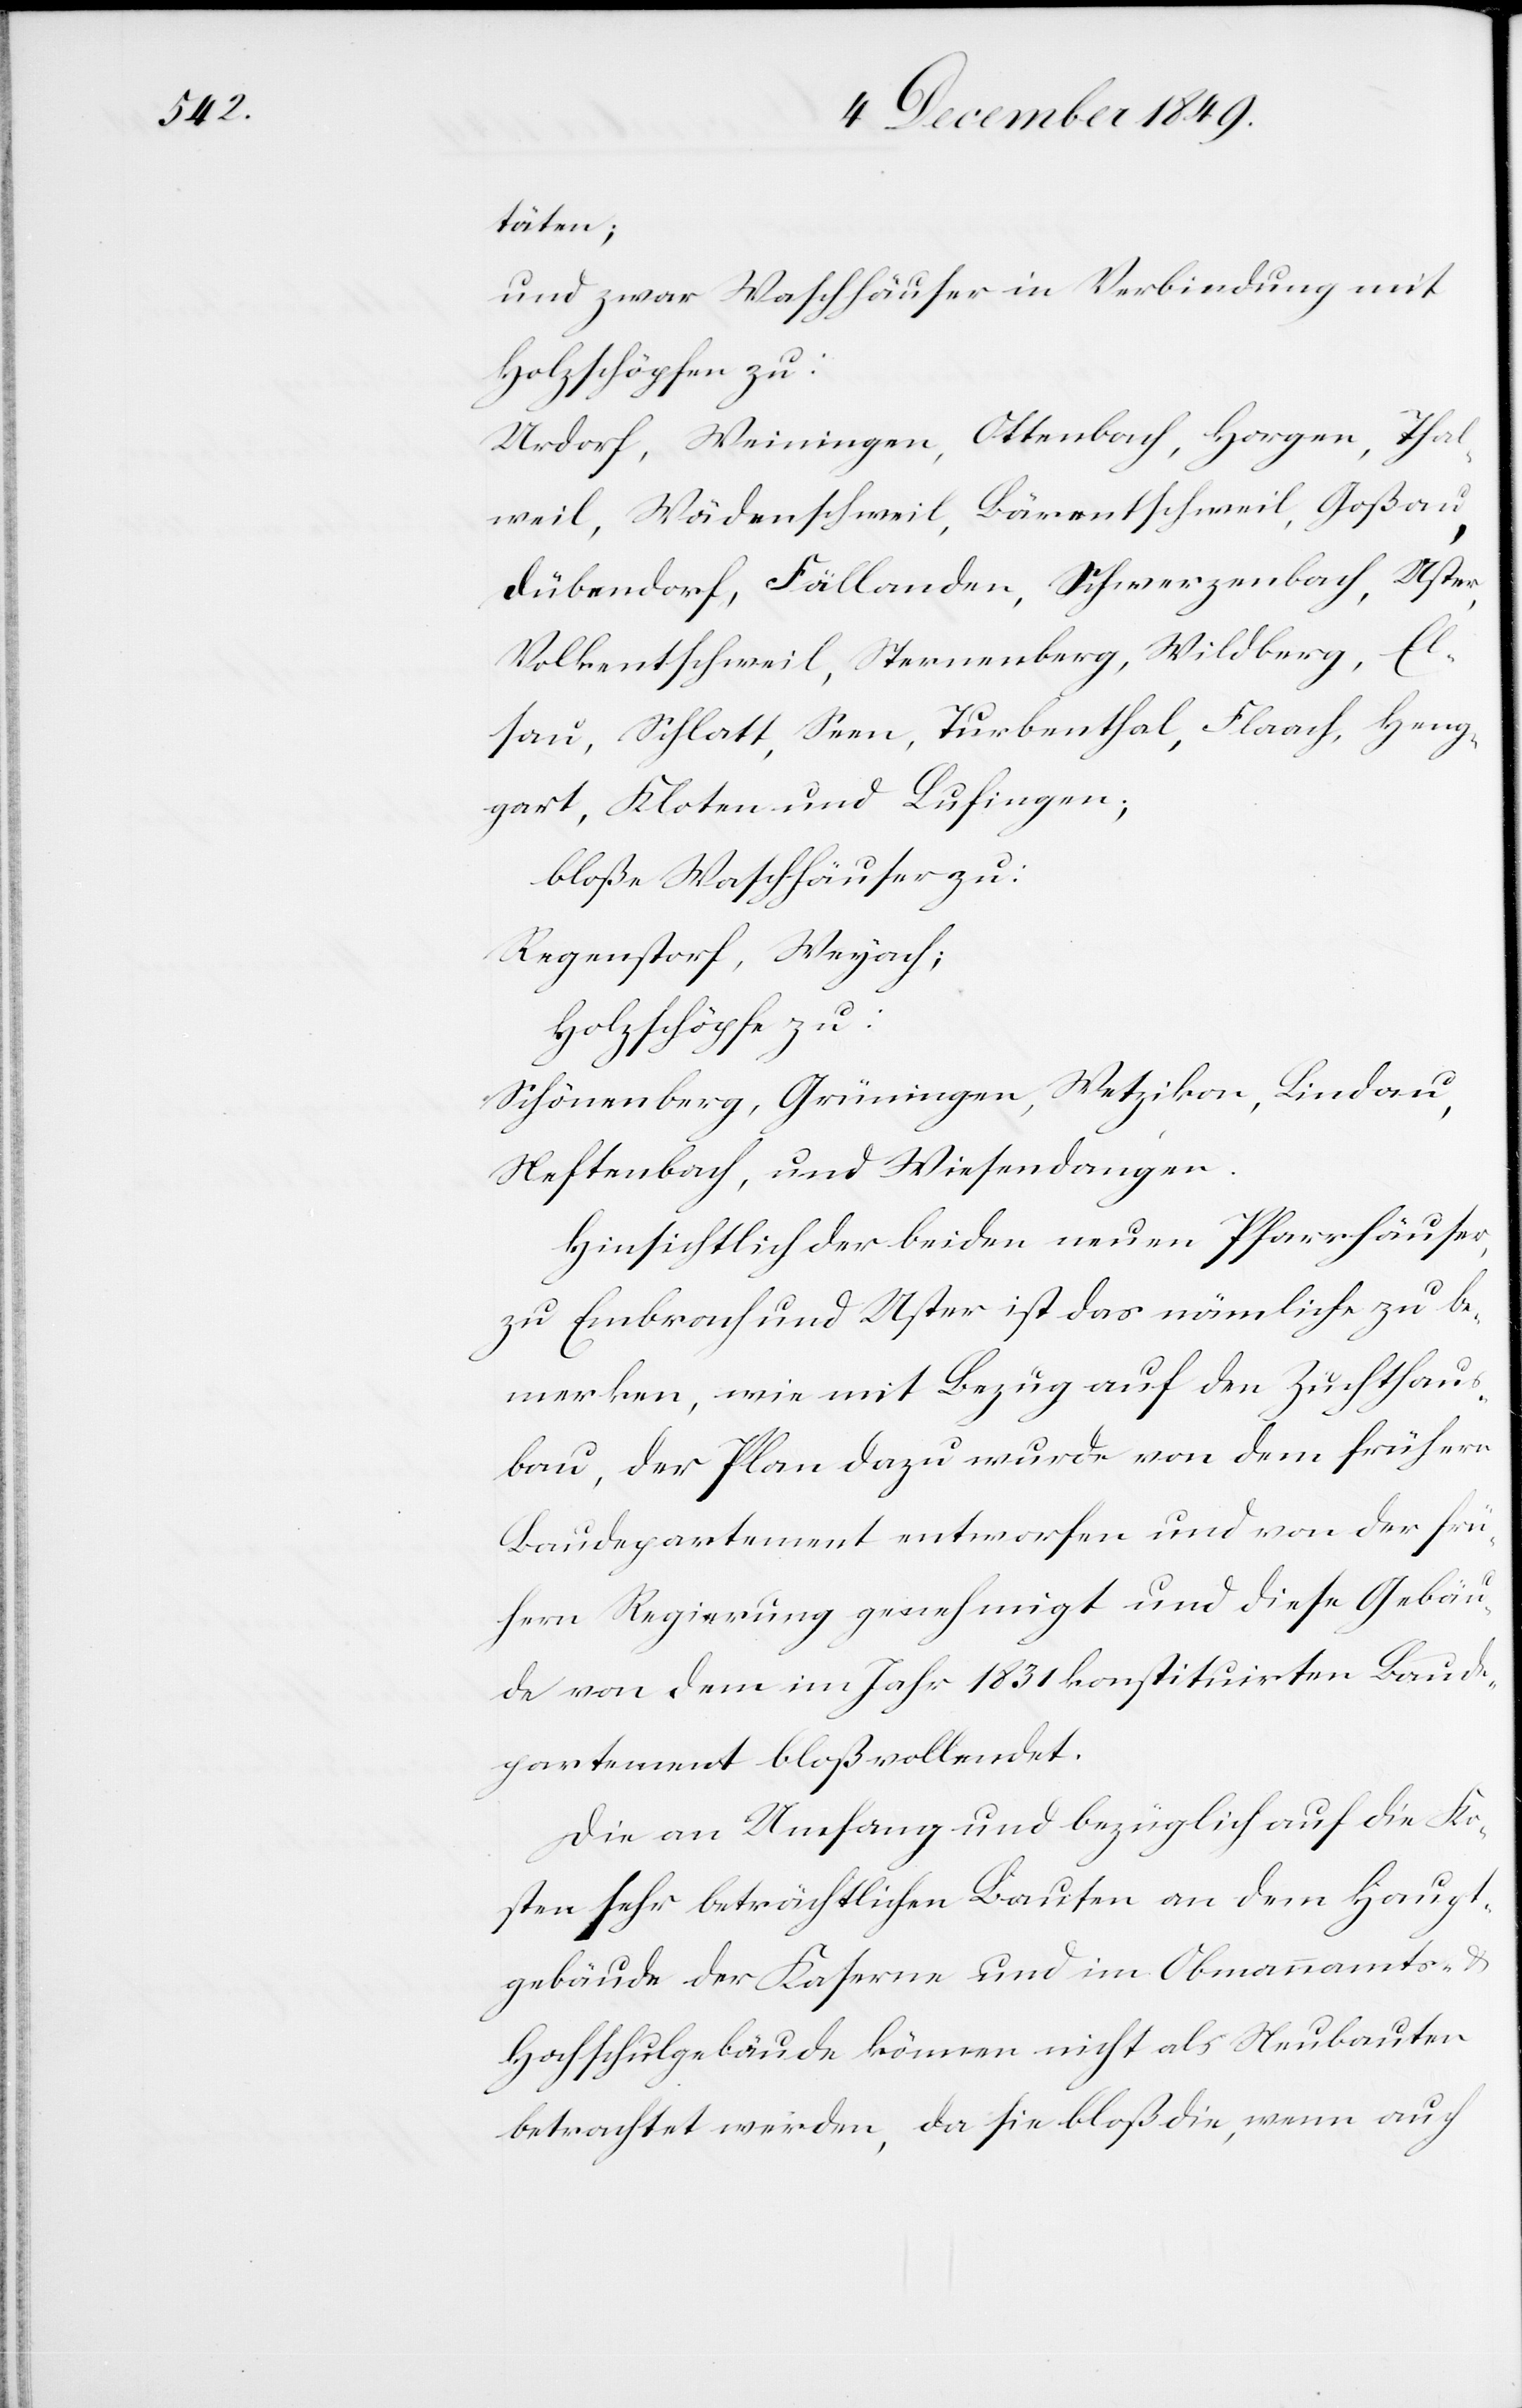
täten;
und zwar Waschhäuser in Verbindung mit
Holzschöpfen zu:
Urdorf, Weiningen, Ottenbach, Horgen, Thal¬
weil, Wädenschweil, Bärentschweil, Goßau,
Dübendorf, Fällanden, Schwerzenbach, Uster,
Volkentschweil, Sternenberg, Wildberg, El¬
sau, Schlatt, Seen, Turbenthal, Flaach, Hen¬
gart, Kloten und Lusingen;
bloße Waschhäuser zu:
Regenstorf, Weynach;
Holzschöpfe zu:
Schönenberg, Grüningen, Wetzikon, Lindau,
Neftenbach, und Wiesendangen.
Hinsichtlich der beiden neuen Pfarrhäuser
zu Embrach und Uster ist das nämliche zu b¬
emerken, wie mit Bezug auf den Zuchthaus¬
bau, der Plan dazu wurde von dem frühern
Baudepartement entworfen und von der frü¬
hern Regierung genehmigt und diese Gebäu¬
de von dem im Jahr 1831 konstituirten Baude¬
partement bloß vollendet.
Die an Umfang und bezüglich auf die Ko¬
sten sehr beträchtlichen Bauten an dem Haupt¬
gebäude der Kaserne und im Obmannamts- u.
Hochschulgebäude können nicht als Neubauten
betrachtet werden, da sie bloß die, wenn auch